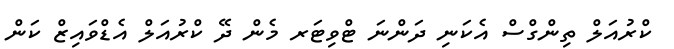
ކްރުއަލް ތިންގްސް އެކަނި ދަންނަ ޓްވިޓަރ މެން ދޭ ކްރުއަލް އެޑްވައިޒް ކަން